Civil Veterinary Dept. Assam report 1911-1927 - 1911-1927
Year: 1911
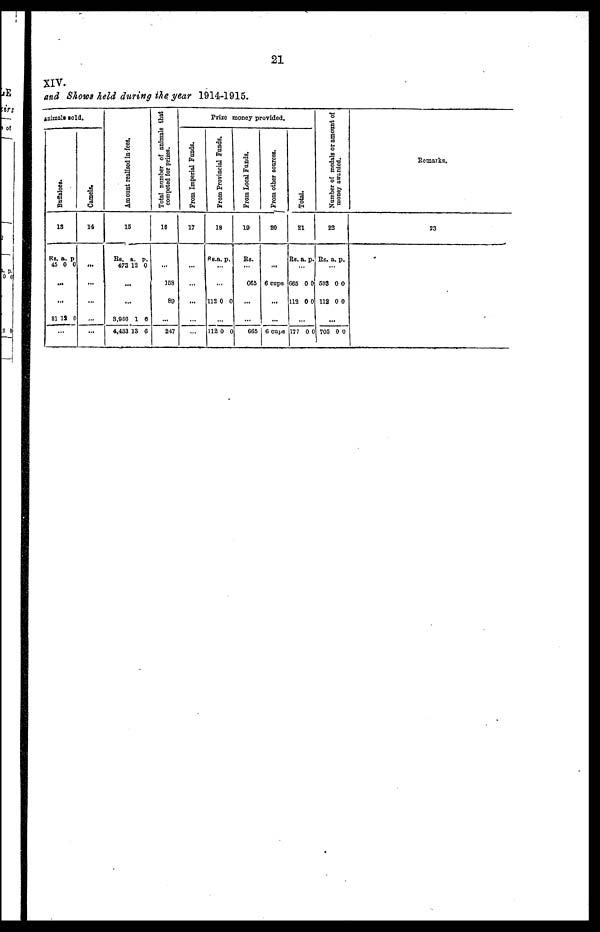
21
XIV.
and Shows held during the year 1914-1915.
animals sold.
Buf f
a l
oe s .
13
RS.
45
...
.
81
.
a.
0
..
19
..
p
0
0
Camels.
14
...
...
...
...
...
Amo u n t r eal i sed in fees.
15
Rs.
473
..
..
8,960
4,433
a.
12
.
.
1
13
p.
0
6
6
Total number of animals that
competed for prizes.
16
...
168
89
...
247
Prize money provided.
From Imperial Funds.
17
...
...
...
...
...
From Provincial Funds .
18
Rs.a
.
.
112
112
. p
..
..
0
...
0
.
0
0
From Local Funds.
19
Rs.
...
065
...
...
665
From other sources.
20
...
6 cups
...
...
6 cups
Tot al .
21
Rs.
..
665
112
.
777
a.
.
0
0
..
0
p.
0
0
0
Nu mb e r of m e d a l s or amount of
money awarded.
22
Rs.
.
593
112
.
705
a.
..
0
0
..
0
p.
0
0
0
Remarks.
23